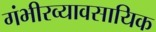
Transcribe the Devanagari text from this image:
गंभीरव्यावसायिक